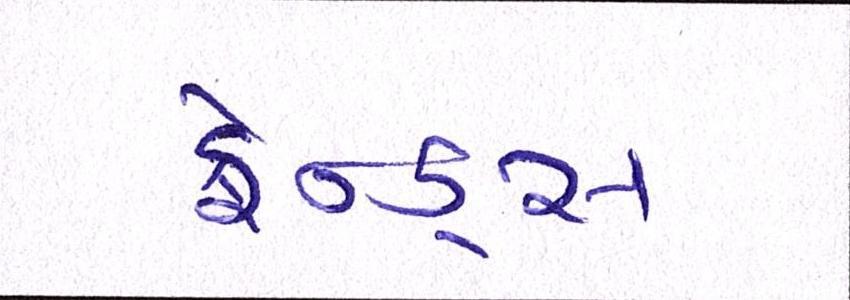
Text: ફ્રેન્ડ્સ